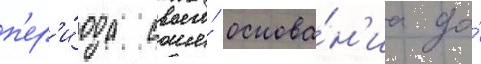
п'ер'и́ода своего́ основа́н'иа до́